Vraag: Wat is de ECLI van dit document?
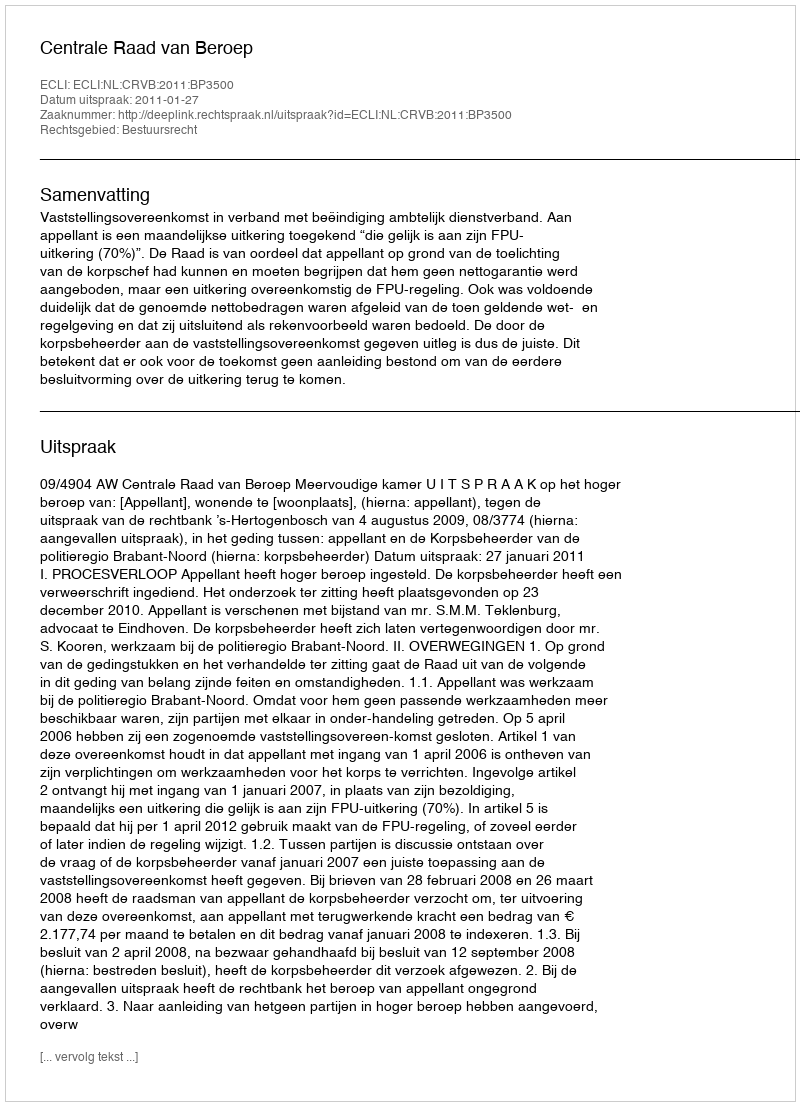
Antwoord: ECLI:NL:CRVB:2011:BP3500